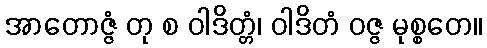
အာတောဇ္ဇံ တု စ ဝါဒိတ္တံ၊ ဝါဒိတံ ဝဇ္ဇ မုစ္စတေ။